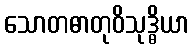
သောတဓာတုဝိသုဒ္ဓိယာ